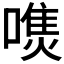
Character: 𰈭